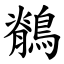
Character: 鶺